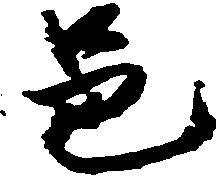
邑